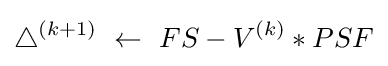
\bigtriangleup ^{(k+1)}~\leftarrow ~FS-V^{(k)}*PSF